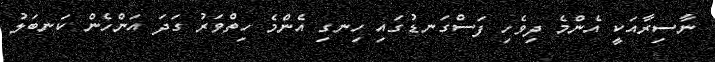
ނާސިރާއަކީ އެންމެ ދިވެހި ފަސްގަނޑުގައި ހިނގި އެންމެ ހިތްވަރު ގަދަ އަންހެން ކަނބަލު